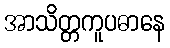
အာသိတ္တကူပဓာနေ